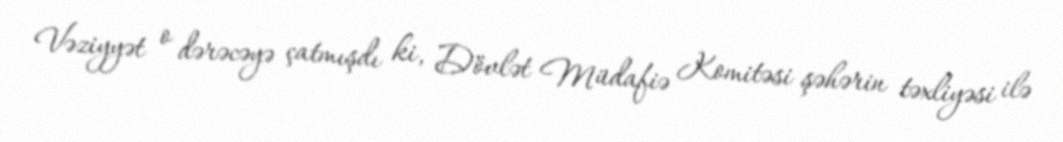
Vəziyyət o dərəcəyə çatmışdı ki, Dövlət Müdafiə Komitəsi şəhərin təxliyəsi ilə